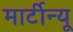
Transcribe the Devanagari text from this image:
मार्टीन्यू